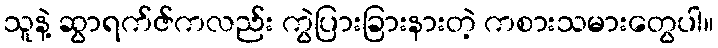
သူနဲ့ ဆွာရက်ဇ်ကလည်း ကွဲပြားခြားနားတဲ့ ကစားသမားတွေပါ။